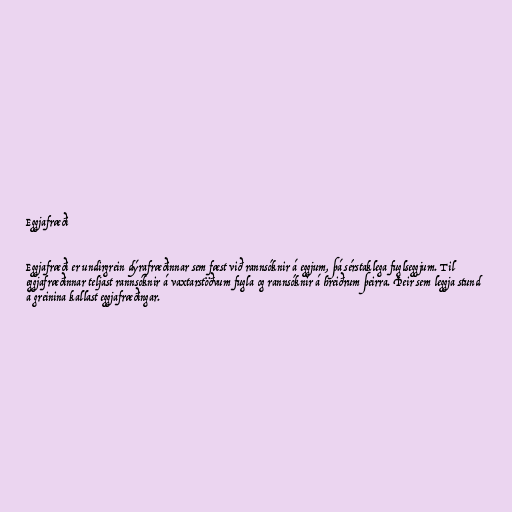
Eggjafræði

Eggjafræði er undirgrein dýrafræðinnar sem fæst við rannsóknir á eggjum, þá sérstaklega fuglseggjum. Til
eggjafræðinnar teljast rannsóknir á vaxtarstöðvum fugla og rannsóknir á hreiðrum þeirra. Þeir sem leggja stund
á greinina kallast eggjafræðingar.